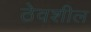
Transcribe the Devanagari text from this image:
ठेवशील